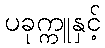
ပခုက္ကူနှင့်